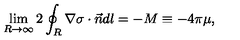
\lim _ { R \to \infty } 2 \oint _ { R } \nabla \sigma \cdot \vec { n } d l = - M \equiv - 4 \pi \mu ,